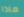
ماذا